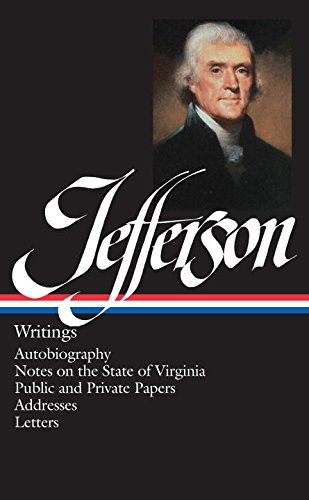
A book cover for Thomas Jefferson : Writings : Autobiography / Notes on the State of Virginia / Public and Private Papers / Addresses / Letters (Library of America); Thomas Jefferson; Literature & Fiction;